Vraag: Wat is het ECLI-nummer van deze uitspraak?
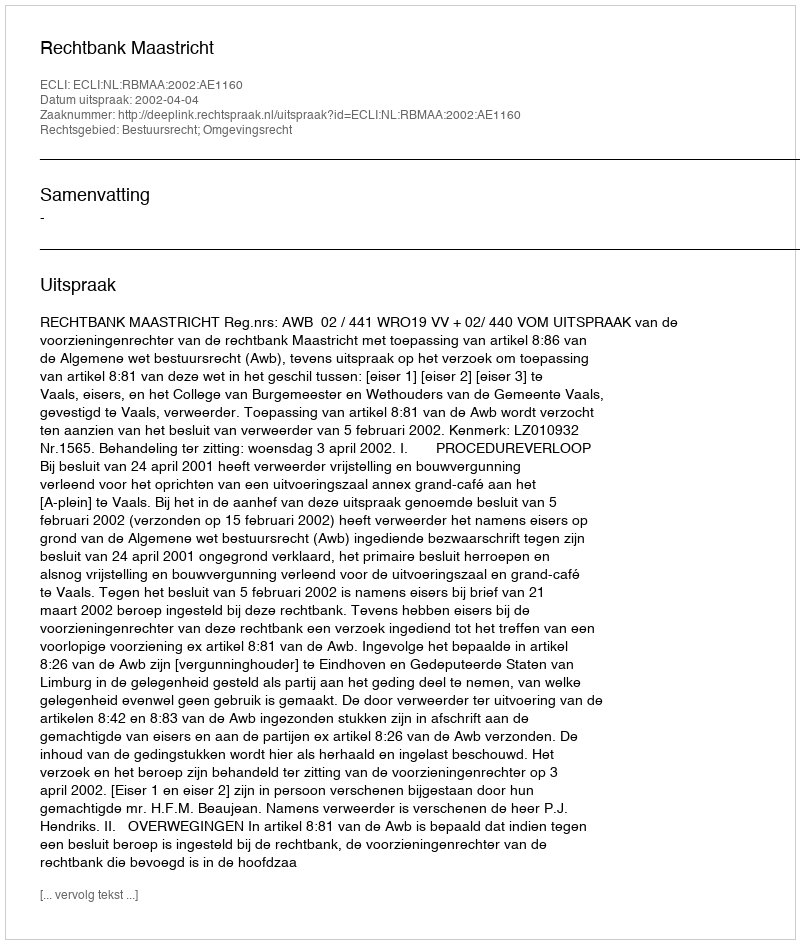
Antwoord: ECLI:NL:RBMAA:2002:AE1160